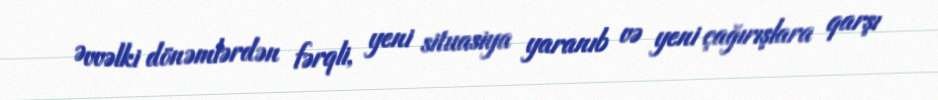
Əvvəlki dönəmlərdən fərqli, yeni situasiya yaranıb və yeni çağırışlara qarşı